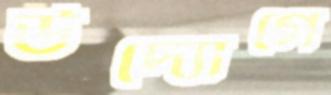
উদ্যোগে